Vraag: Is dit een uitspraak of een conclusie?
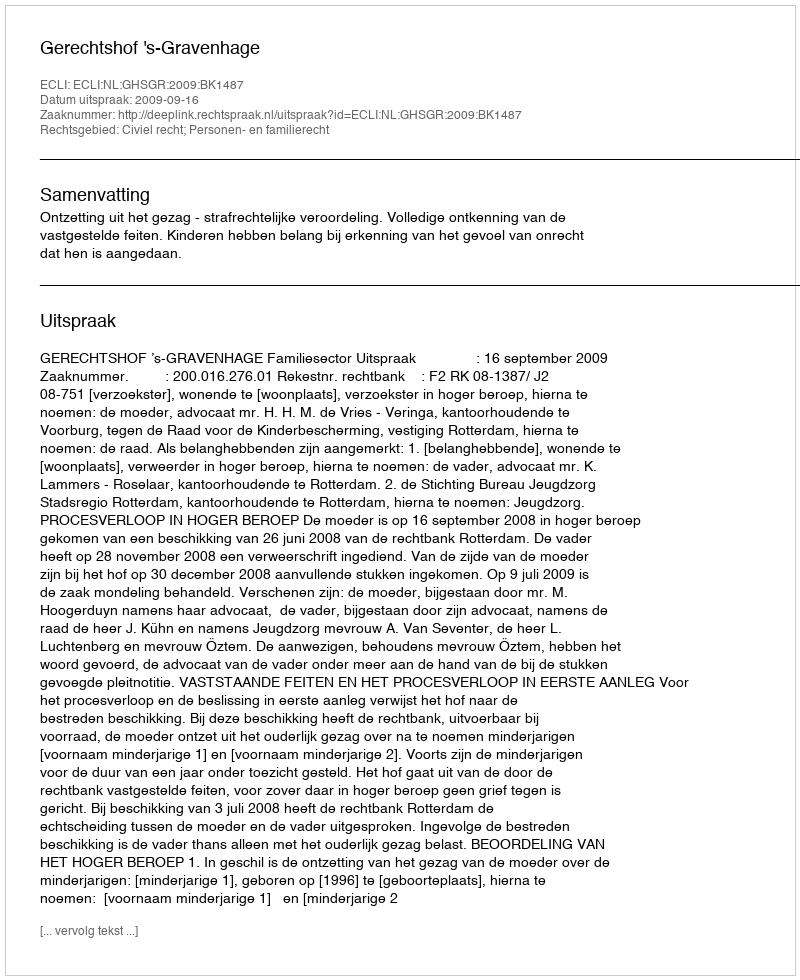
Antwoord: Uitspraak